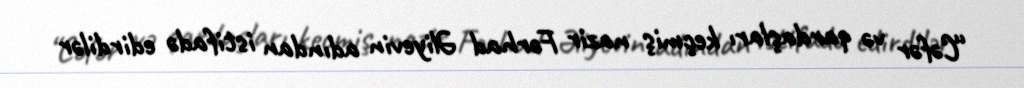
“Cəfər və qardaşları keçmiş nazir Fərhad Əliyevin adından istifadə edirdilər